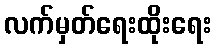
လက်မှတ်ရေးထိုးရေး